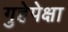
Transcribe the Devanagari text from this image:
गुहेपेक्षा